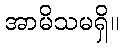
အာမိသမရှိ။